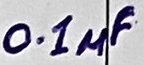
Text: 0.1µF